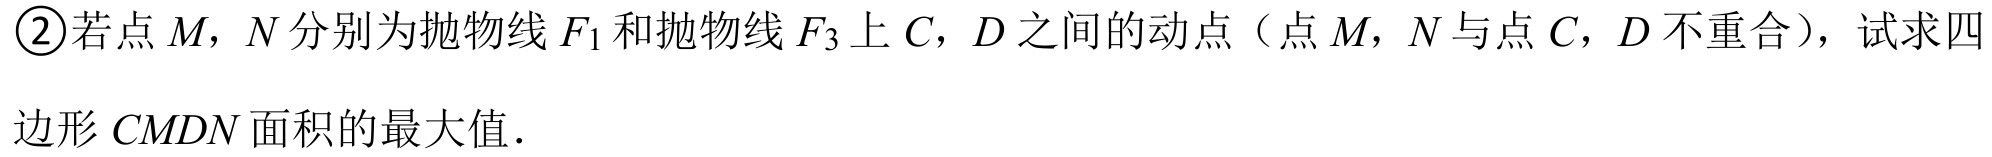
\textcircled{2}若点\(M\)，\(N\)分别为抛物线\(F_{1}\)和抛物线\(F_{3}\)上\(C\)，\(D\)之间的动点（点\(M\)，\(N\)与点\(C\)，\(D\)不重合），试求四
边形\(CMDN\)面积的最大值.